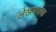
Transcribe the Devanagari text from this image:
लेखापालक